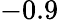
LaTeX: -0.9